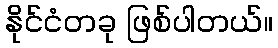
နိုင်ငံတခု ဖြစ်ပါတယ်။